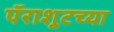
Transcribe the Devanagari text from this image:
पॅराशूटच्या